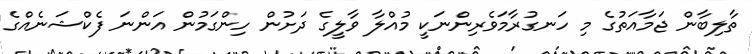
ތާލިބާން ޖަމާއަތުގެ މި ހަނގުރާމަވެރިންނަކީ މުއްލާ ވާލީގެ ދަށުން ހިންގަމުން އަންނަ ފެކްޝަނެއްގެ